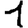
Digit: 1